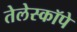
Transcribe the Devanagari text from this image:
तेलेस्कॉपे